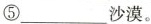
⑤___沙漠。